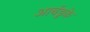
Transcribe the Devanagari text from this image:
आर्चडुके